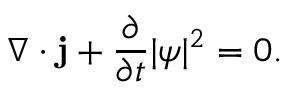
\nabla \cdot \mathbf { j } + { \frac { \partial } { \partial t } } | \psi | ^ { 2 } = 0 .